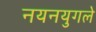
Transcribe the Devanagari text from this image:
नयनयुगले